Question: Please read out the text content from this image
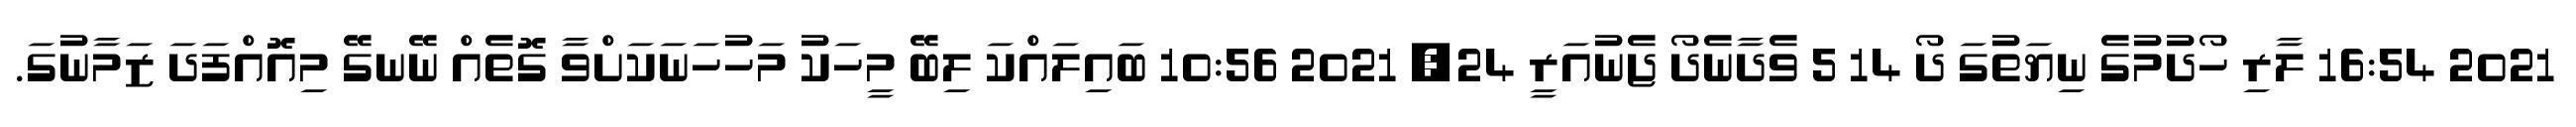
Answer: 2021 16:54 ލާރި ހޯދުމުގެ ނިޔަތުގަ ދޯ 14 5 ވެދާނެދޯ ޖެނުއަރީ 24, 2021 10:56 ބައިލައްކަ ލިބޭ މީހަކު މަހުހަނަކަށްވާ ގޮތެއް ނޭނގޭ މިއޮއްފަދަ ޒަމާނުގަ.